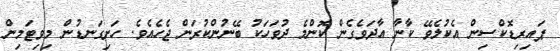
ޕައިރިޑޮކްސިން އެކުލެވޭ ކާނާ އާދަވެގެން ކޮންމެ ދުވަހަކު ބޭނުންކުރަން ޖެހެއެވެ. ހަށިގަނޑުން މިވިޓަމިން